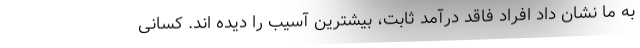
به ما نشان داد افراد فاقد درآمد ثابت، بیشترین آسیب را دیده اند. کسانی